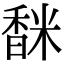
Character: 𩡅